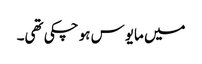
میں مایوس ہو چکی تھی۔